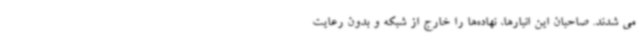
می شدند. صاحبان این انبارها، نهاده‌ها را خارج از شبکه و بدون رعایت